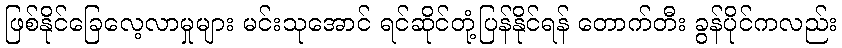
ဖြစ်နိုင်ခြေလေ့လာမှုများ မင်းသုအောင် ရင်ဆိုင်တုံ့ပြန်နိုင်ရန် တောက်တီး ခွန်ပိုင်ကလည်း